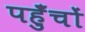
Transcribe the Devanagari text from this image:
पहुँचों